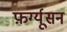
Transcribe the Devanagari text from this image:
फ़र्ग्यूसन